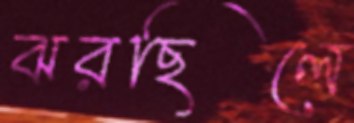
ঝরছিলে